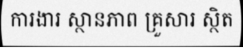
ការងារ ស្ថានភាព គ្រួសារ ស្ថិត